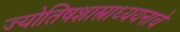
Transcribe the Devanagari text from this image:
ज्योतिषशास्त्राध्ययनाचे